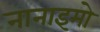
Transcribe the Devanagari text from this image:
नानाइमो